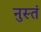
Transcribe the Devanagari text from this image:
नुस्तं